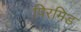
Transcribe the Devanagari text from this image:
पिरमिड